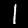
Digit: 1